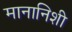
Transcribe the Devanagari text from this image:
मानानिशी